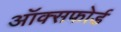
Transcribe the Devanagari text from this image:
अॉक्सफोर्ड